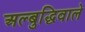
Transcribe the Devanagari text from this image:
अल्बुद्धिवाले